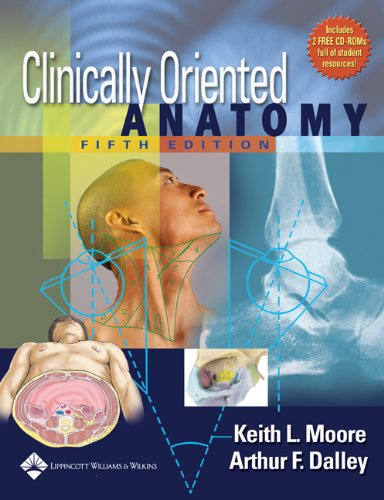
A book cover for Clinically Oriented Anatomy, Fifth Edition; Keith L. Moore; Medical Books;